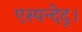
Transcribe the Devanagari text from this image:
एस्पन्देद्।